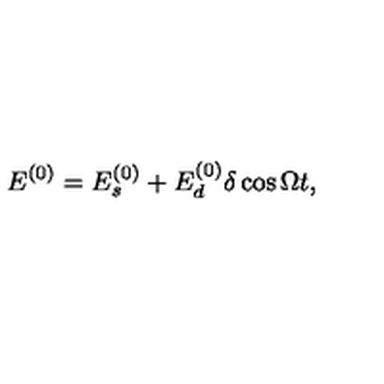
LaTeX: E ^ { ( 0 ) } = E _ { s } ^ { ( 0 ) } + E _ { d } ^ { ( 0 ) } \delta \cos \Omega t ,